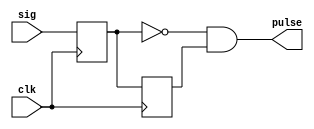
`timescale 1ns / 1ps
//////////////////////////////////////////////////////////////////////////////////
// Company: 
// Engineer: 
// 
// Design Name: 
// Module Name:    fe_det 
// Project Name: 
// Target Devices: 
// Tool versions: 
// Description: 
//
// Dependencies: 
//
// Revision: 
// Revision 0.01 - File Created
// Additional Comments: 
//
//////////////////////////////////////////////////////////////////////////////////
module fe_det(input sig,
input clk,
output pulse
    );

reg sig_del;
reg sig_2del;

always@(posedge clk)
begin	
	sig_del<=sig;
	sig_2del<=sig_del;
end	

assign pulse= !sig_del & sig_2del;
	
endmodule